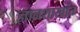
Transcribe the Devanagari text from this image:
ज्ञानशाखांत